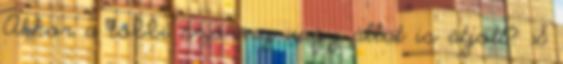
Akkor a többi szörny vagy állat is átjött? S